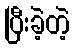
ပြီးခဲ့တဲ့